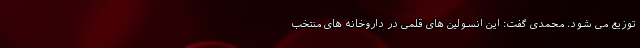
توزیع می شود. محمدی گفت: این انسولین های قلمی در داروخانه های منتخب